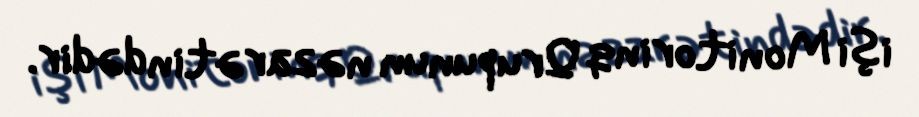
işi Monitorinq Qrupunun nəzarətindədir.